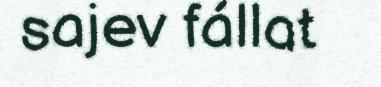
sajev fállat